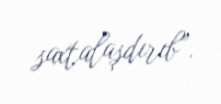
saxtalaşdırıb”.